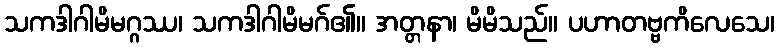
သကဒါဂါမိမဂ္ဂဿ၊ သကဒါဂါမိမဂ်၏။ အတ္တနာ၊ မိမိသည်။ ပဟာတဗ္ဗကိလေသေ၊